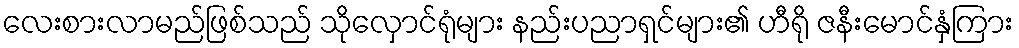
လေးစားလာမည်ဖြစ်သည် သိုလှောင်ရုံများ နည်းပညာရှင်များ၏ ဟီရို ဇနီးမောင်နှံကြား